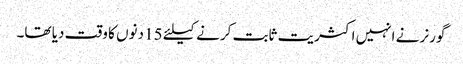
گورنر نے انہیں اکثریت ثابت کرنے کیلئے 15 دنوں کا وقت دیا تھا۔